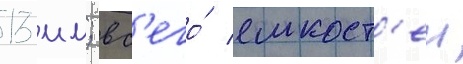
13 мм; вс'его́ емкост'еи